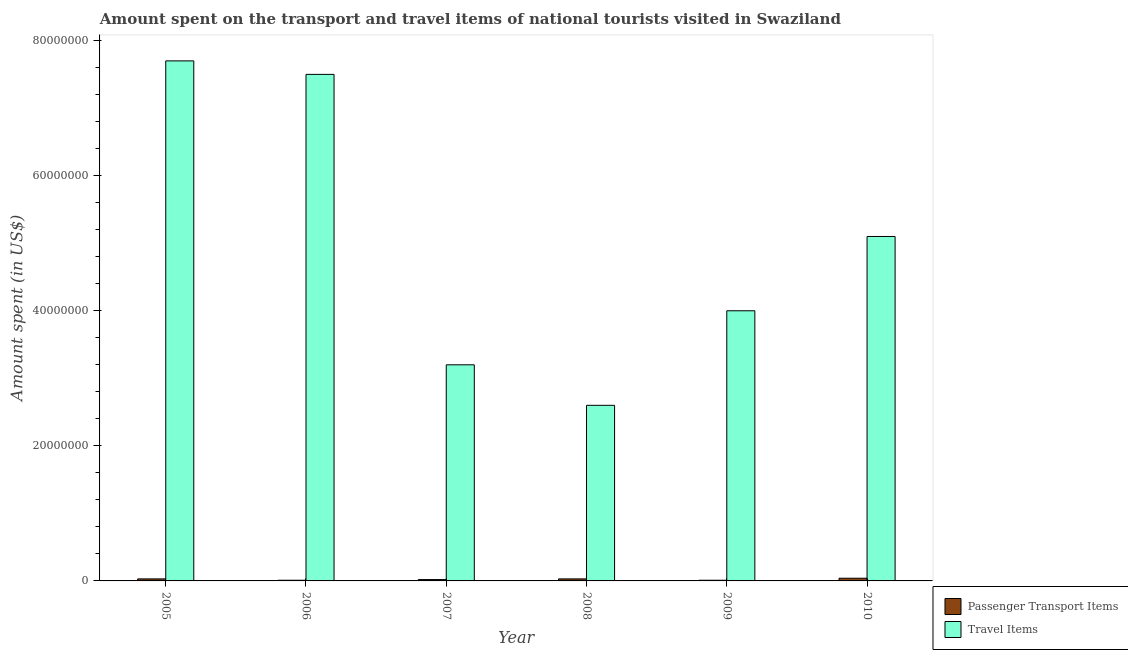
| Year | Passenger Transport Items | Travel Items |
 | --- | --- | --- |
 | 2005 | 3e+05 | 7.7e+07 |
 | 2006 | 1e+05 | 7.5e+07 |
 | 2007 | 2e+05 | 3.2e+07 |
 | 2008 | 3e+05 | 2.6e+07 |
 | 2009 | 1e+05 | 4e+07 |
 | 2010 | 4e+05 | 5.1e+07 |